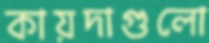
কায়দাগুলো